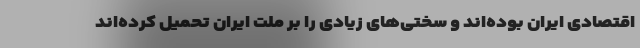
اقتصادی ایران بوده‌اند و سختی‌های زیادی را بر ملت ایران تحمیل کرده‌اند